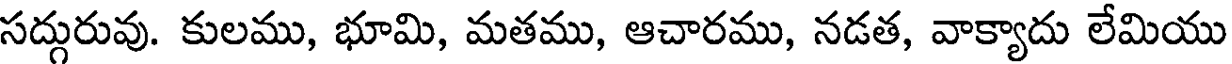
సద్గురువు. కులము, భూమి, మతము, ఆచారము, నడత, వాక్యాదు లేమియు